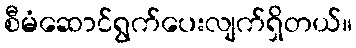
စီမံဆောင်ရွက်ပေးလျက်ရှိတယ်။